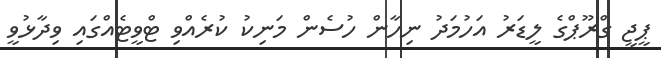
ޕީޖީ ގްރޫޕްގެ ލީޑަރު އަހުމަދު ނިހާން ހުސެން މަނިކު ކުރެއްވި ޓްވީޓެއްގައި ވިދާޅުވީ